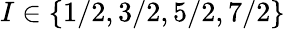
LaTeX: I\in\{ 1/2,3/2,5/2,7/2\}